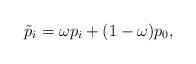
LaTeX: \begin{align*} \tilde p_i= \omega p_i + (1-\omega)p_0,\end{align*}